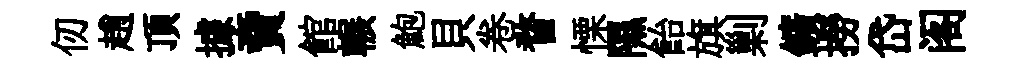
仞趙頂據𧶠館輾鮑貝卷瞀慄隰飴旗剿鑛撈岱阁